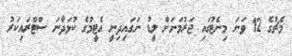
މެޗުގެ 12 ވަނަ މިނެޓުގައި ޖަރުމަނަށް ލީޑު ނަގައިދިނީ އެޓީމުގެ ކުޅަދާނަ ސްޓްރައިކަރު